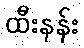
ထီးနန်း